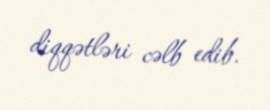
diqqətləri cəlb edib.